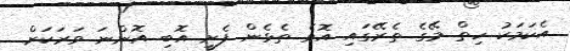
އެކަމަކު ހިތް މޭގެ ތެރޭގައި އޮވެ ތެޅެން ފެށީ އޮބި އޮންނަ ވަރަކަށް